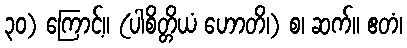
၃၀) ကြောင့်။ (ပါစိတ္တိယံ ဟောတိ၊) စ၊ ဆက်။ ဧတံ၊